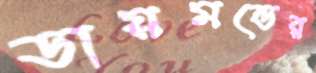
ডায়মন্ডের